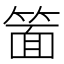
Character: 𮅥